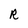
Character: R